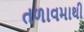
તળાવમાથી